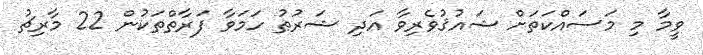
ވީމާ މި މަސައްކަތަށް ޝައުޤުވެރިވާ އަދި ޝަރުޠު ހަމަވާ ފަރާތްތަކުން 22 މާރިޗު